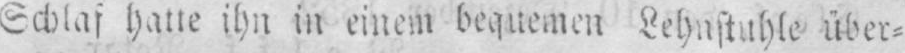
über⸗